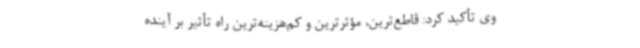
وی تأکید کرد: قاطع‌ترین، مؤثرترین و کم‌هزینه‌ترین راه تأثیر بر آینده